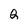
Character: Q